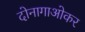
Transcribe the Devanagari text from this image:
दोनागाओकर